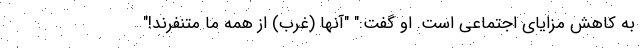
به کاهش مزایای اجتماعی است. او گفت:" "آنها (غرب) از همه ما متنفرند!"